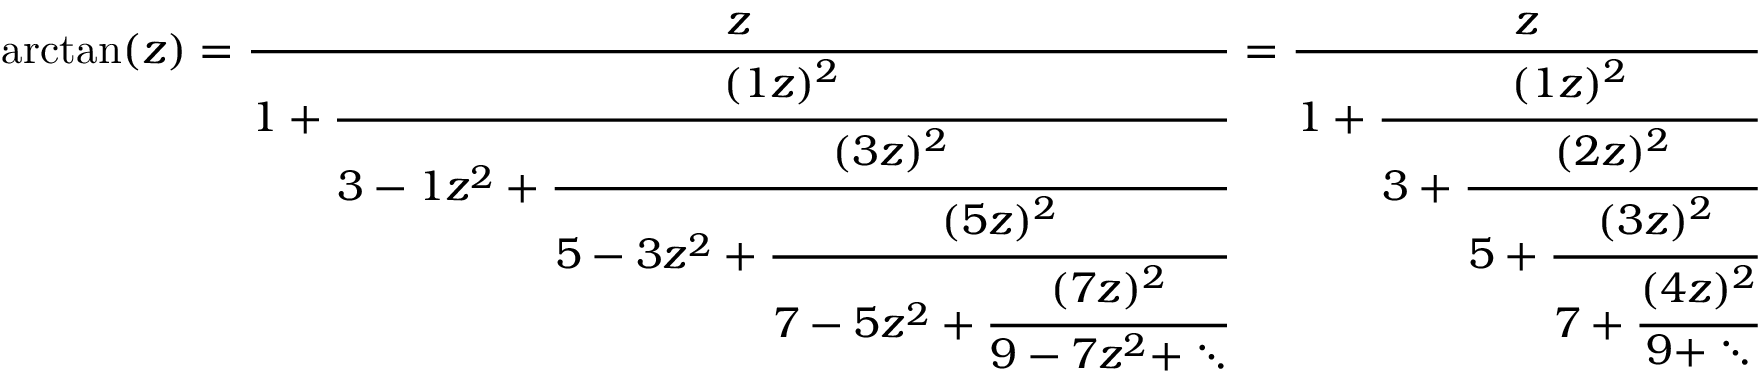
\arctan ( z ) = { \frac { z } { 1 + { \cfrac { ( 1 z ) ^ { 2 } } { 3 - 1 z ^ { 2 } + { \cfrac { ( 3 z ) ^ { 2 } } { 5 - 3 z ^ { 2 } + { \cfrac { ( 5 z ) ^ { 2 } } { 7 - 5 z ^ { 2 } + { \cfrac { ( 7 z ) ^ { 2 } } { 9 - 7 z ^ { 2 } + \ddots } } } } } } } } } } = { \frac { z } { 1 + { \cfrac { ( 1 z ) ^ { 2 } } { 3 + { \cfrac { ( 2 z ) ^ { 2 } } { 5 + { \cfrac { ( 3 z ) ^ { 2 } } { 7 + { \cfrac { ( 4 z ) ^ { 2 } } { 9 + \ddots } } } } } } } } } }